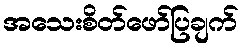
အသေးစိတ်ဖော်ပြချက်